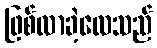
ဖြစ်လာခဲ့လေသည်